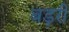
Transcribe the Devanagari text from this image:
बड़री